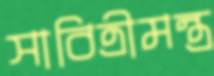
সাবিত্রীমন্ত্র